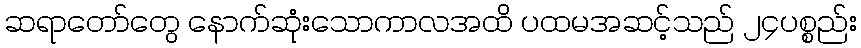
ဆရာတော်တွေ နောက်ဆုံးသောကာလအထိ ပထမအဆင့်သည် ၂၄ပစ္စည်း